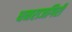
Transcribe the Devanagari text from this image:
धनराजगिरी